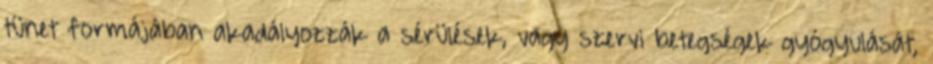
tünet formájában akadályozzák a sérülések, vagy szervi betegségek gyógyulását,